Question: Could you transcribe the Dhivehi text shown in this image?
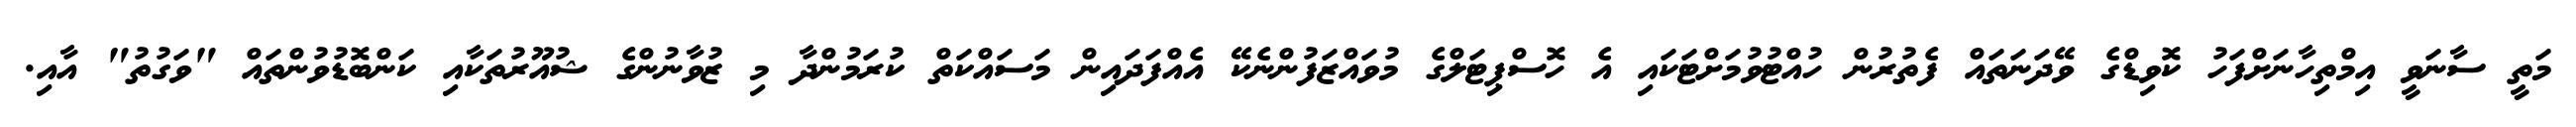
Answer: މަތީ ސާނަވީ އިމްތިހާނަށްފަހު ކޮވިޑްގެ ވޭދަނަތައް ފެތުރުން ހުއްޓުވުމަށްޓަކައި އެ ހޮސްޕިޓަލްގެ މުވައްޒަފުންނެކޭ އެއްފަދައިން މަސައްކަތް ކުރަމުންދާ މި ޒުވާނުންގެ ޝުއޫރުތަކާއި ކަންބޮޑުވުންތައް "ވަގުތު" އާއި.